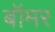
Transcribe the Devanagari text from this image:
बॉमर